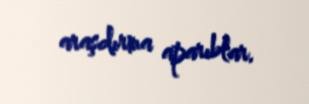
araşdırma aparıblar.